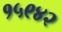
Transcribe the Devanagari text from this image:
१५९४२